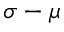
\sigma - \mu